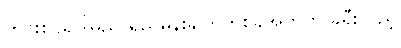
ကင်းစင်ရပါမည် ရည်မှန်းချက်တစ်ခုအတွက် ခရီးလှည့်